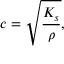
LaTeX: c = { \sqrt { \frac { K _ { s } } { \rho } } } ,